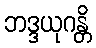
ဘဒ္ဒယုဂန္တိ